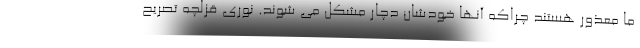
ما معذور هستند چراکه آنها خودشان دچار مشکل می شوند. نوری قزلچه تصریح